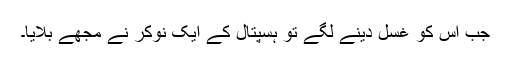
جب اس کو غسل دینے لگے تو ہسپتال کے ایک نوکر نے مجھے بُلایا۔